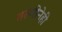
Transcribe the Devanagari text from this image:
तरुणीनेही